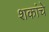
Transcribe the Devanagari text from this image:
शकांचे